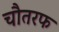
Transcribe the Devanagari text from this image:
चौतरफ